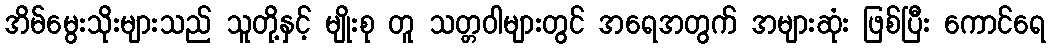
အိမ်မွေးသိုးများသည် သူတို့နှင့် မျိုးစု တူ သတ္တဝါများတွင် အရေအတွက် အများဆုံး ဖြစ်ပြီး ကောင်ရေ